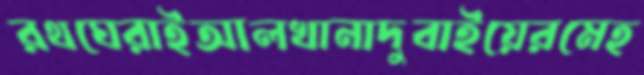
রথঘেরাইআলখানাদুবাইয়েরমেহ